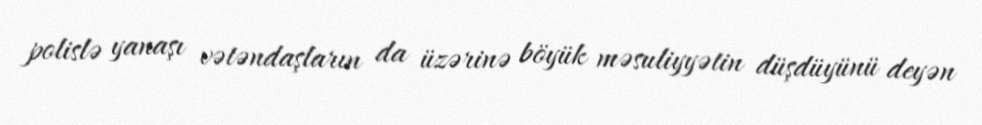
polislə yanaşı vətəndaşların da üzərinə böyük məsuliyyətin düşdüyünü deyən